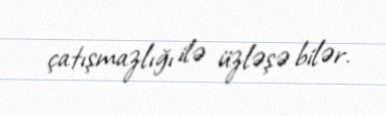
çatışmazlığı ilə üzləşə bilər.